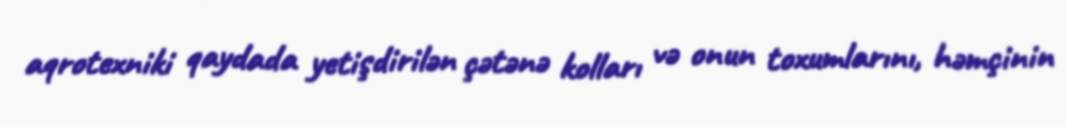
aqrotexniki qaydada yetişdirilən çətənə kolları və onun toxumlarını, həmçinin